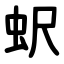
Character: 蚇